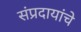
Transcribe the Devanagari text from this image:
संप्रदायांचे